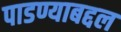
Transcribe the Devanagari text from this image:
पाडण्याबद्दल